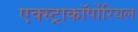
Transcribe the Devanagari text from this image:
एक्स्ट्राकॉर्पोरियल